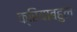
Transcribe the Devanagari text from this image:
क्रियाबहुल